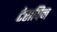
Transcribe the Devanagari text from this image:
टेरापिन